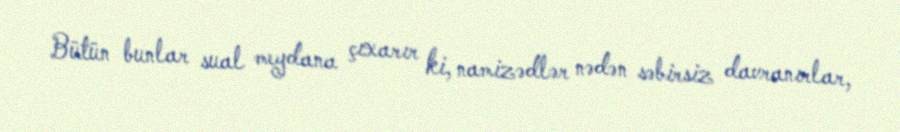
Bütün bunlar sual meydana çıxarır ki, namizədlər nədən səbirsiz davranırlar,